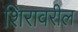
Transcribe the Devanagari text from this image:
शिरावरील